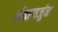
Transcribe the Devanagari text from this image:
श्रीनागार्जुन